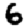
Digit: 6